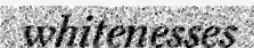
whitenesses